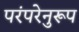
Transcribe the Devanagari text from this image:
परंपरेनुरूप